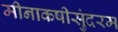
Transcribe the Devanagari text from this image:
मीनाकषीसुंदरम